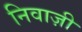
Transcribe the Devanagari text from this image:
निवाज़ी